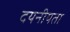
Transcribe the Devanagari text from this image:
दयनीयता